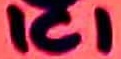
Text: IC1